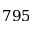
7 9 5